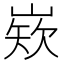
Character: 𡺏